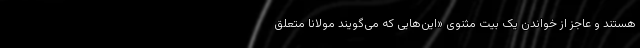
هستند و عاجز از خواندن یک بیت مثنوی «این‌هایی که می‌گویند مولانا متعلق